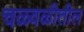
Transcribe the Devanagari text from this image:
चळ्वळीतील